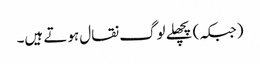
(جبکہ) پچھلے لوگ نقال ہوتے ہیں۔